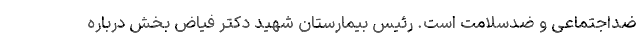
ضداجتماعی و ضدسلامت است. رئیس بیمارستان شهید دکتر فیاض بخش درباره